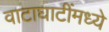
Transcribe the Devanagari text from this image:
वाटाघाटींमध्ये